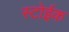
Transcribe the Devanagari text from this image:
स्टोईक